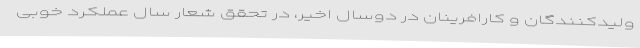
ولیدکنندگان و کارافرینان در دوسال اخیر، در تحقق شعار سال عملکرد خوبی